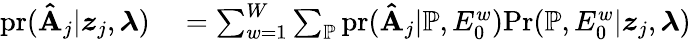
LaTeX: \begin{array}{rl}{\mathrm{pr}(\mathbf{\hat{A}}_{j}|\boldsymbol{z}_{j},\boldsymbol{\lambda})}&{{}=\sum_{w=1}^{W}\sum_{\mathbb{P}}\mathrm{pr}(\mathbf{\hat{A}}_{j}|\mathbb{P},E_{0}^{w})\mathrm{Pr}(\mathbb{P},E_{0}^{w}|\boldsymbol{z}_{j},\boldsymbol{\lambda})}\end{array}